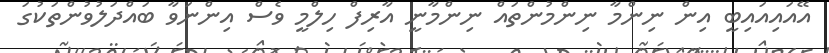
އޭއައިއައިބީ އިން ނިންމާ ނިންމުންތައް ނިންމާނީ އާރިފް ހިލްމީ ވެސް އިންނަވާ ބައްދަލުވުންތަކުގަ